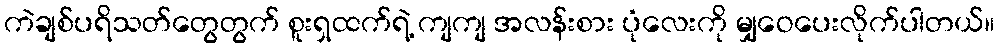
ကဲချစ်ပရိသတ်တွေတွက် စူးရှထက်ရဲ့ ကျကျ အလန်းစား ပုံလေးကို မျှဝေပေးလိုက်ပါတယ်။